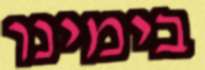
בימינו